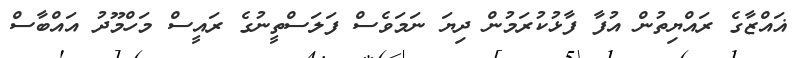
ޣައްޒާގެ ރައްޔިތުން އުފާ ފާޅުކުރަމުން ދިޔަ ނަމަވެސް ފަލަސްތީނުގެ ރައީސް މަހްމޫދު އައްބާސް